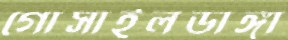
গোসাইলডাঙ্গা